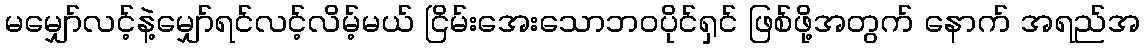
မမျှော်လင့်နဲ့မျှော်ရင်လင့်လိမ့်မယ် ငြိမ်းအေးသောဘဝပိုင်ရှင် ဖြစ်ဖို့အတွက် နောက် အရည်အ